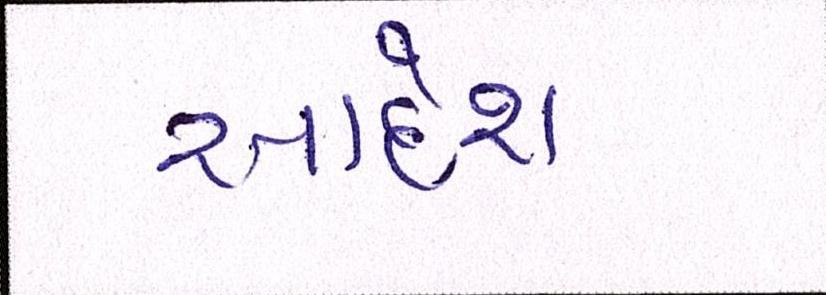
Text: આદેશ